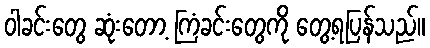
ဝါခင်းတွေ ဆုံးတော့ ကြံခင်းတွေကို တွေ့ရပြန်သည်။